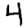
Digit: 4